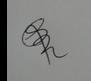
Signature authenticity: genuine